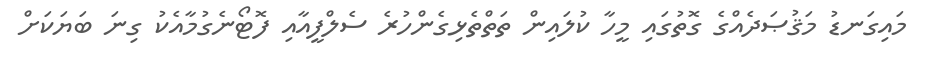
މައިގަނޑު މަޤުޞަދެއްގެ ގޮތުގައި މީހާ ކުލައިން ތަތްތެޅިގެންހުރެ ސެލްފީއާއި ފޮޓޯނެގުމާއެކު ގިނަ ބަޔަކަށް